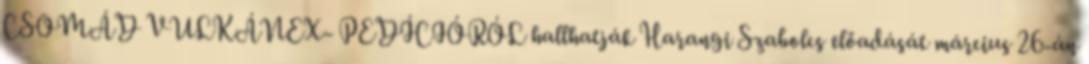
CSOMÁD VULKÁNEX- PEDÍCIÓRÓL hallhatják Harangi Szabolcs előadását március 26-án